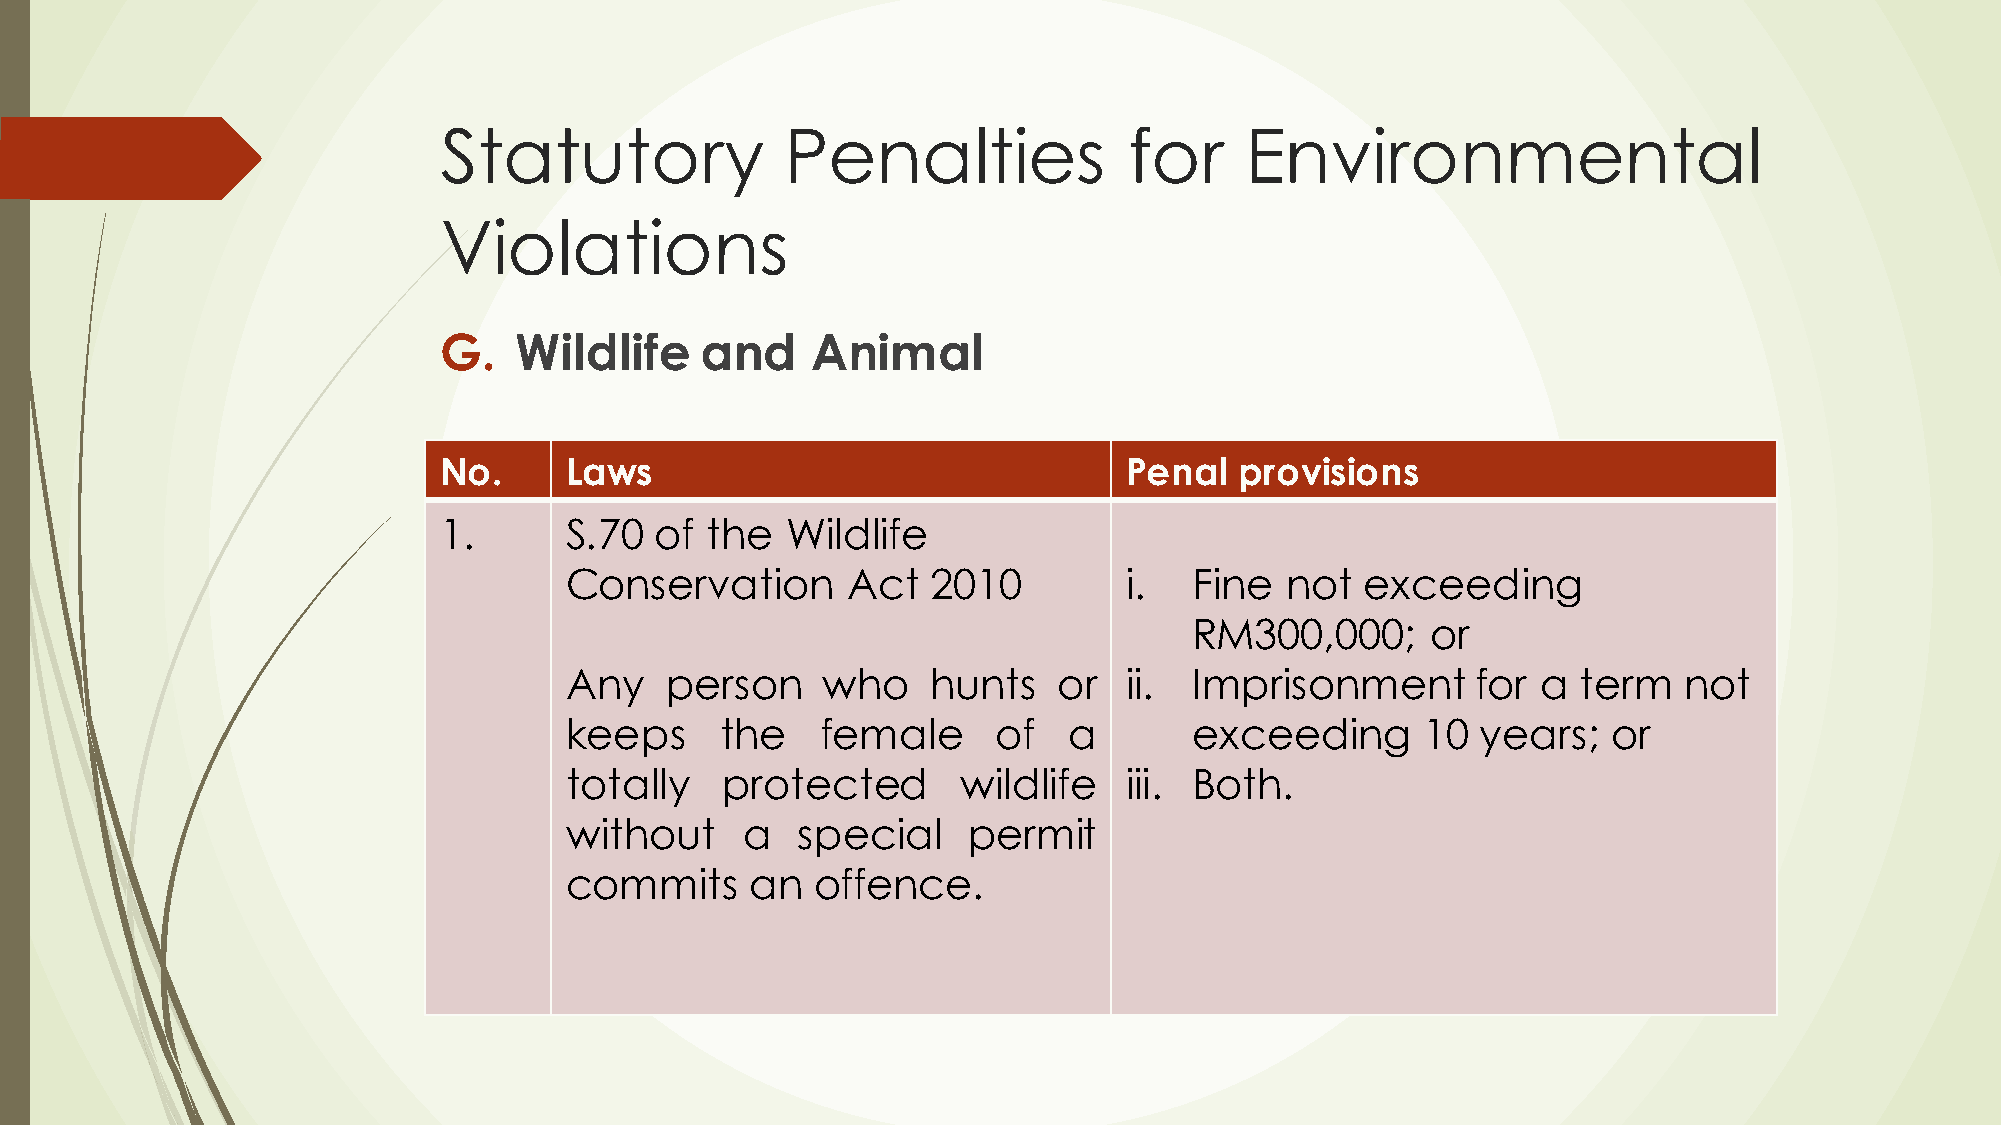
Statutory              Penalties              for    Environmental
 Violations
 G.   Wildlife    and     Animal
 No.     Laws                                 Penal   provisions
 1.      S.70  of  the  Wildlife
 Conservation       Act   2010        i.   Fine  not  exceeding
 RM300,000;      or
 Any    person    who     hunts   or  ii.  Imprisonment       for a  term  not
 keeps      the   female      of   a       exceeding      10  years;   or
 totally    protected      wildlife   iii. Both.
 without     a   special    permit
 commits      an  offence.